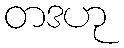
တဒဟု